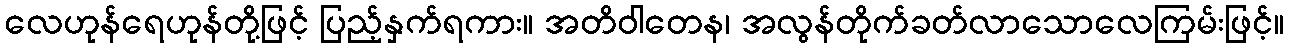
လေဟုန်ရေဟုန်တို့ဖြင့် ပြည့်နှက်ရကား။ အတိဝါတေန၊ အလွန်တိုက်ခတ်လာသောလေကြမ်းဖြင့်။